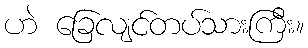
ဟဲ ခြေလျင်တပ်သားကြီး။